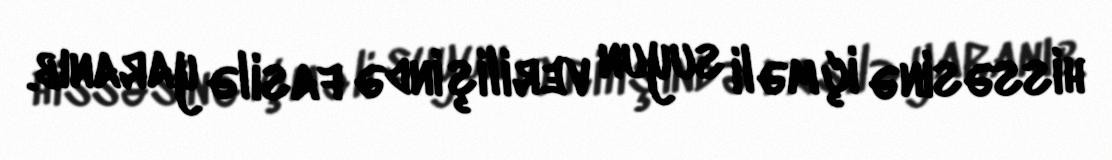
hissəsinə içməli suyun verilişində fasilə yaranıb.